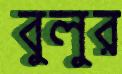
বুলুর